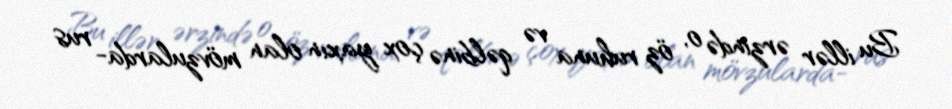
Bu illər ərzində o, öz ruhuna və qəlbinə çox yaxın olan mövzularda- rus